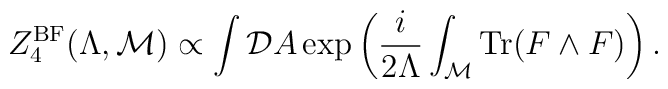
Z^{\rm BF}_4(\Lambda,{\cal M}) \propto\int {\cal D}A \exp\left({i\over 2\Lambda} \int_{\cal M} {\rm Tr}(F\wedge F)\right).